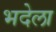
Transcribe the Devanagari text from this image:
भदेला